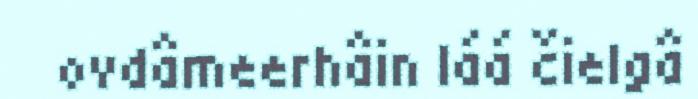
ovdâmeerhâin láá čielgâ